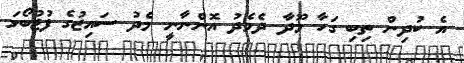
އެ ކުދިން ތިބި ގަހާ މޫދާ ދެމެދު އޮންނާނީ މެދު ސައިޒުގެ ފުޓުބޯޅަ